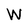
Character: W